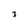
Character: 7